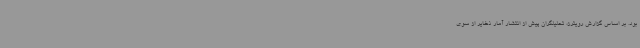
بود. بر اساس گزارش رویترز، تحلیلگران پیش از انتشار آمار ذخایر از سوی